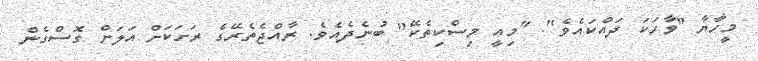
މީހާޔާ "ވާހަކަ ދައްކައެވެ". "މިއީ މިސްކިތެކޭ" ބުނެދެއެވެ. ރާއްޖެތެރޭގެ ރަށަކަށް އަލަށް ގޮސްގެން